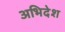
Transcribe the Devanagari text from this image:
अभिदेश